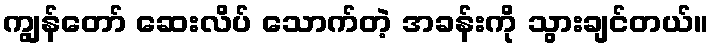
ကျွန်တော် ဆေးလိပ် သောက်တဲ့ အခန်းကို သွားချင်တယ်။